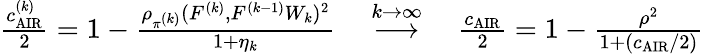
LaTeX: \begin{array}{r}{\frac{c_{\mathrm{AIR}}^{(k)}}{2}=1-\frac{\rho_{\pi^{(k)}}(F^{(k)},F^{(k-1)}W_{k})^{2}}{1+\eta_{k}}\quad\overset{k\to\infty}{\longrightarrow}\quad\frac{c_{\mathrm{AIR}}}{2}=1-\frac{\rho^{2}}{1+(c_{\mathrm{AIR}}/2)}}\end{array}